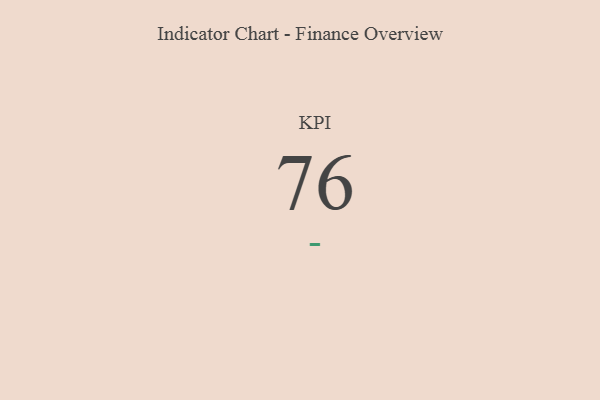
{"axis": {"x": "KPI", "y": "Value"}, "legend": [""], "data": [{"x": "KPI", "y": 76, "type": ""}]}